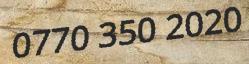
0770 350 2020